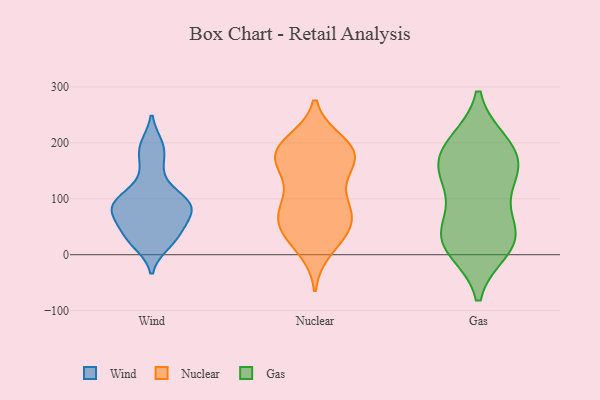
{"axis": {"x": "Customer Acquisition Cost (USD)", "y": "Value"}, "legend": ["Gas", "Nuclear", "Wind"], "data": [{"x": "", "y": 79, "type": "Wind"}, {"x": "", "y": 110, "type": "Wind"}, {"x": "", "y": 29, "type": "Wind"}, {"x": "", "y": 89, "type": "Wind"}, {"x": "", "y": 84, "type": "Wind"}, {"x": "", "y": 30, "type": "Wind"}, {"x": "", "y": 21, "type": "Wind"}, {"x": "", "y": 43, "type": "Wind"}, {"x": "", "y": 189, "type": "Wind"}, {"x": "", "y": 78, "type": "Wind"}, {"x": "", "y": 194, "type": "Wind"}, {"x": "", "y": 62, "type": "Wind"}, {"x": "", "y": 99, "type": "Wind"}, {"x": "", "y": 153, "type": "Wind"}, {"x": "", "y": 91, "type": "Wind"}, {"x": "", "y": 83, "type": "Nuclear"}, {"x": "", "y": 183, "type": "Nuclear"}, {"x": "", "y": 139, "type": "Nuclear"}, {"x": "", "y": 26, "type": "Nuclear"}, {"x": "", "y": 172, "type": "Nuclear"}, {"x": "", "y": 181, "type": "Nuclear"}, {"x": "", "y": 67, "type": "Nuclear"}, {"x": "", "y": 179, "type": "Nuclear"}, {"x": "", "y": 115, "type": "Nuclear"}, {"x": "", "y": 11, "type": "Nuclear"}, {"x": "", "y": 200, "type": "Nuclear"}, {"x": "", "y": 191, "type": "Nuclear"}, {"x": "", "y": 46, "type": "Nuclear"}, {"x": "", "y": 169, "type": "Nuclear"}, {"x": "", "y": 184, "type": "Nuclear"}, {"x": "", "y": 89, "type": "Nuclear"}, {"x": "", "y": 63, "type": "Nuclear"}, {"x": "", "y": 67, "type": "Nuclear"}, {"x": "", "y": 45, "type": "Nuclear"}, {"x": "", "y": 10, "type": "Gas"}, {"x": "", "y": 143, "type": "Gas"}, {"x": "", "y": 46, "type": "Gas"}, {"x": "", "y": 46, "type": "Gas"}, {"x": "", "y": 147, "type": "Gas"}, {"x": "", "y": 104, "type": "Gas"}, {"x": "", "y": 162, "type": "Gas"}, {"x": "", "y": 17, "type": "Gas"}, {"x": "", "y": 21, "type": "Gas"}, {"x": "", "y": 200, "type": "Gas"}, {"x": "", "y": 192, "type": "Gas"}, {"x": "", "y": 199, "type": "Gas"}, {"x": "", "y": 33, "type": "Gas"}, {"x": "", "y": 151, "type": "Gas"}]}